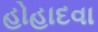
હોહાદવા